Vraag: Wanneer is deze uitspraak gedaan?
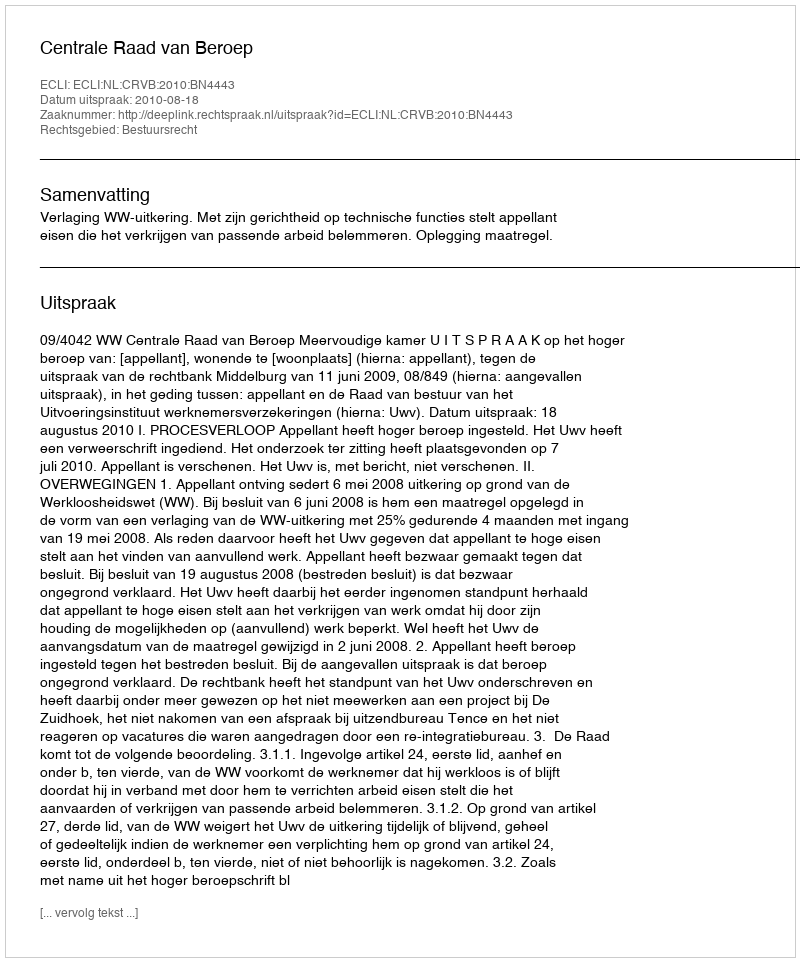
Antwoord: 2010-08-18